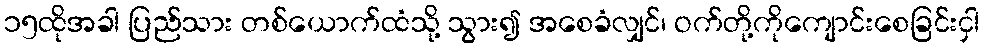
၁၅ထိုအခါ ပြည်သား တစ်ယောက်ထံသို့ သွား၍ အစေခံလျှင်၊ ဝက်တို့ကိုကျောင်းစေခြင်းငှါ